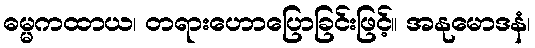
ဓမ္မကထာယ၊ တရားဟောပြောခြင်းဖြင့်။ အနုမောဒနံ၊